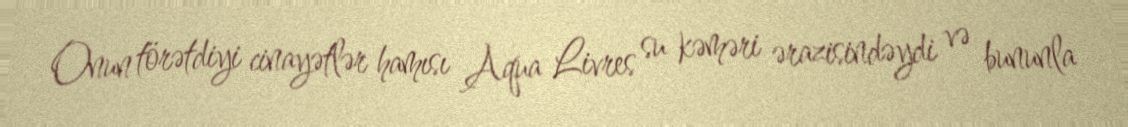
Onun törətdiyi cinayətlər hamısı Aqua Livres su kəməri ərazisindəydi və bununla